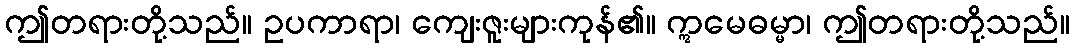
ဤတရားတို့သည်။ ဥပကာရာ၊ ကျေးဇူးများကုန်၏။ ဣမေဓမ္မာ၊ ဤတရားတို့သည်။